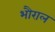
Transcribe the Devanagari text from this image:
भौराल